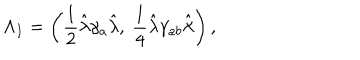
LaTeX: \Lambda _ { I } = \left( { \frac { 1 } { 2 } } \hat { \lambda } \gamma _ { a } \hat { \lambda } , ~ { \frac { 1 } { 4 } } \hat { \lambda } \gamma _ { a b } \hat { \lambda } \right) ,